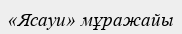
«Ясауи» мұражайы